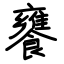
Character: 饔